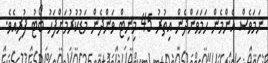
ނަމަވެސް އެންމެން ހަމަވަންދެން އިތުރު 45 މިނިޓް ވަންދެން މަޑުކުރުމަށްފަހު ބޯޓު ފުރިއެވެ.